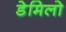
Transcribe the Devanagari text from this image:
डेमिलो